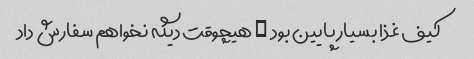
کیف غذا بسیار پایین بود … هیچوقت دیگه نخواهم سفارش داد